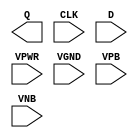
module sky130_fd_sc_ms__dfxtp (
    Q   ,
    CLK ,
    D   ,
    VPWR,
    VGND,
    VPB ,
    VNB
);

    output Q   ;
    input  CLK ;
    input  D   ;
    input  VPWR;
    input  VGND;
    input  VPB ;
    input  VNB ;
endmodule